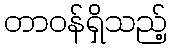
တာဝန်ရှိသည့်